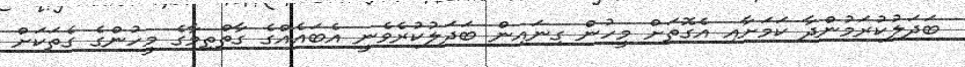
ބަދަލުކުރަމުންދާ ކަމަށާއި އެގޮތަށް މީހުން ގިނައިން ބަދަލުކުރެވެނީ އެބައެއްގެ ގާތްތިމާގެ މީހުންގެ ގެތަކަށް